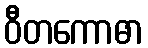
ဝီတကောဓာ